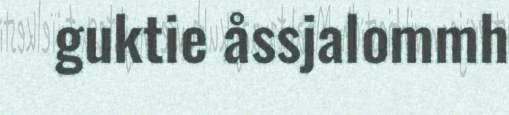
guktie åssjalommh